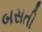
બસતી